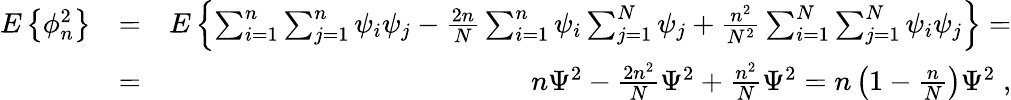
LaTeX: \begin{array}{rlr}{E\left\{ \phi_{n}^{2}\right\} }&{=}&{E\left\{ \sum_{i=1}^{n}\sum_{j=1}^{n}\psi_{i}\psi_{j}-{\frac{2n}{N}}\sum_{i=1}^{n}\psi_{i}\sum_{j=1}^{N}\psi_{j}+{\frac{n^{2}}{N^{2}}}\sum_{i=1}^{N}\sum_{j=1}^{N}\psi_{i}\psi_{j}\right\} =}\\ &{=}&{n\Psi^{2}-{\frac{2n^{2}}{N}}\Psi^{2}+{\frac{n^{2}}{N}}\Psi^{2}=n\left(1-{\frac{n}{N}}\right)\Psi^{2}\; ,}\end{array}